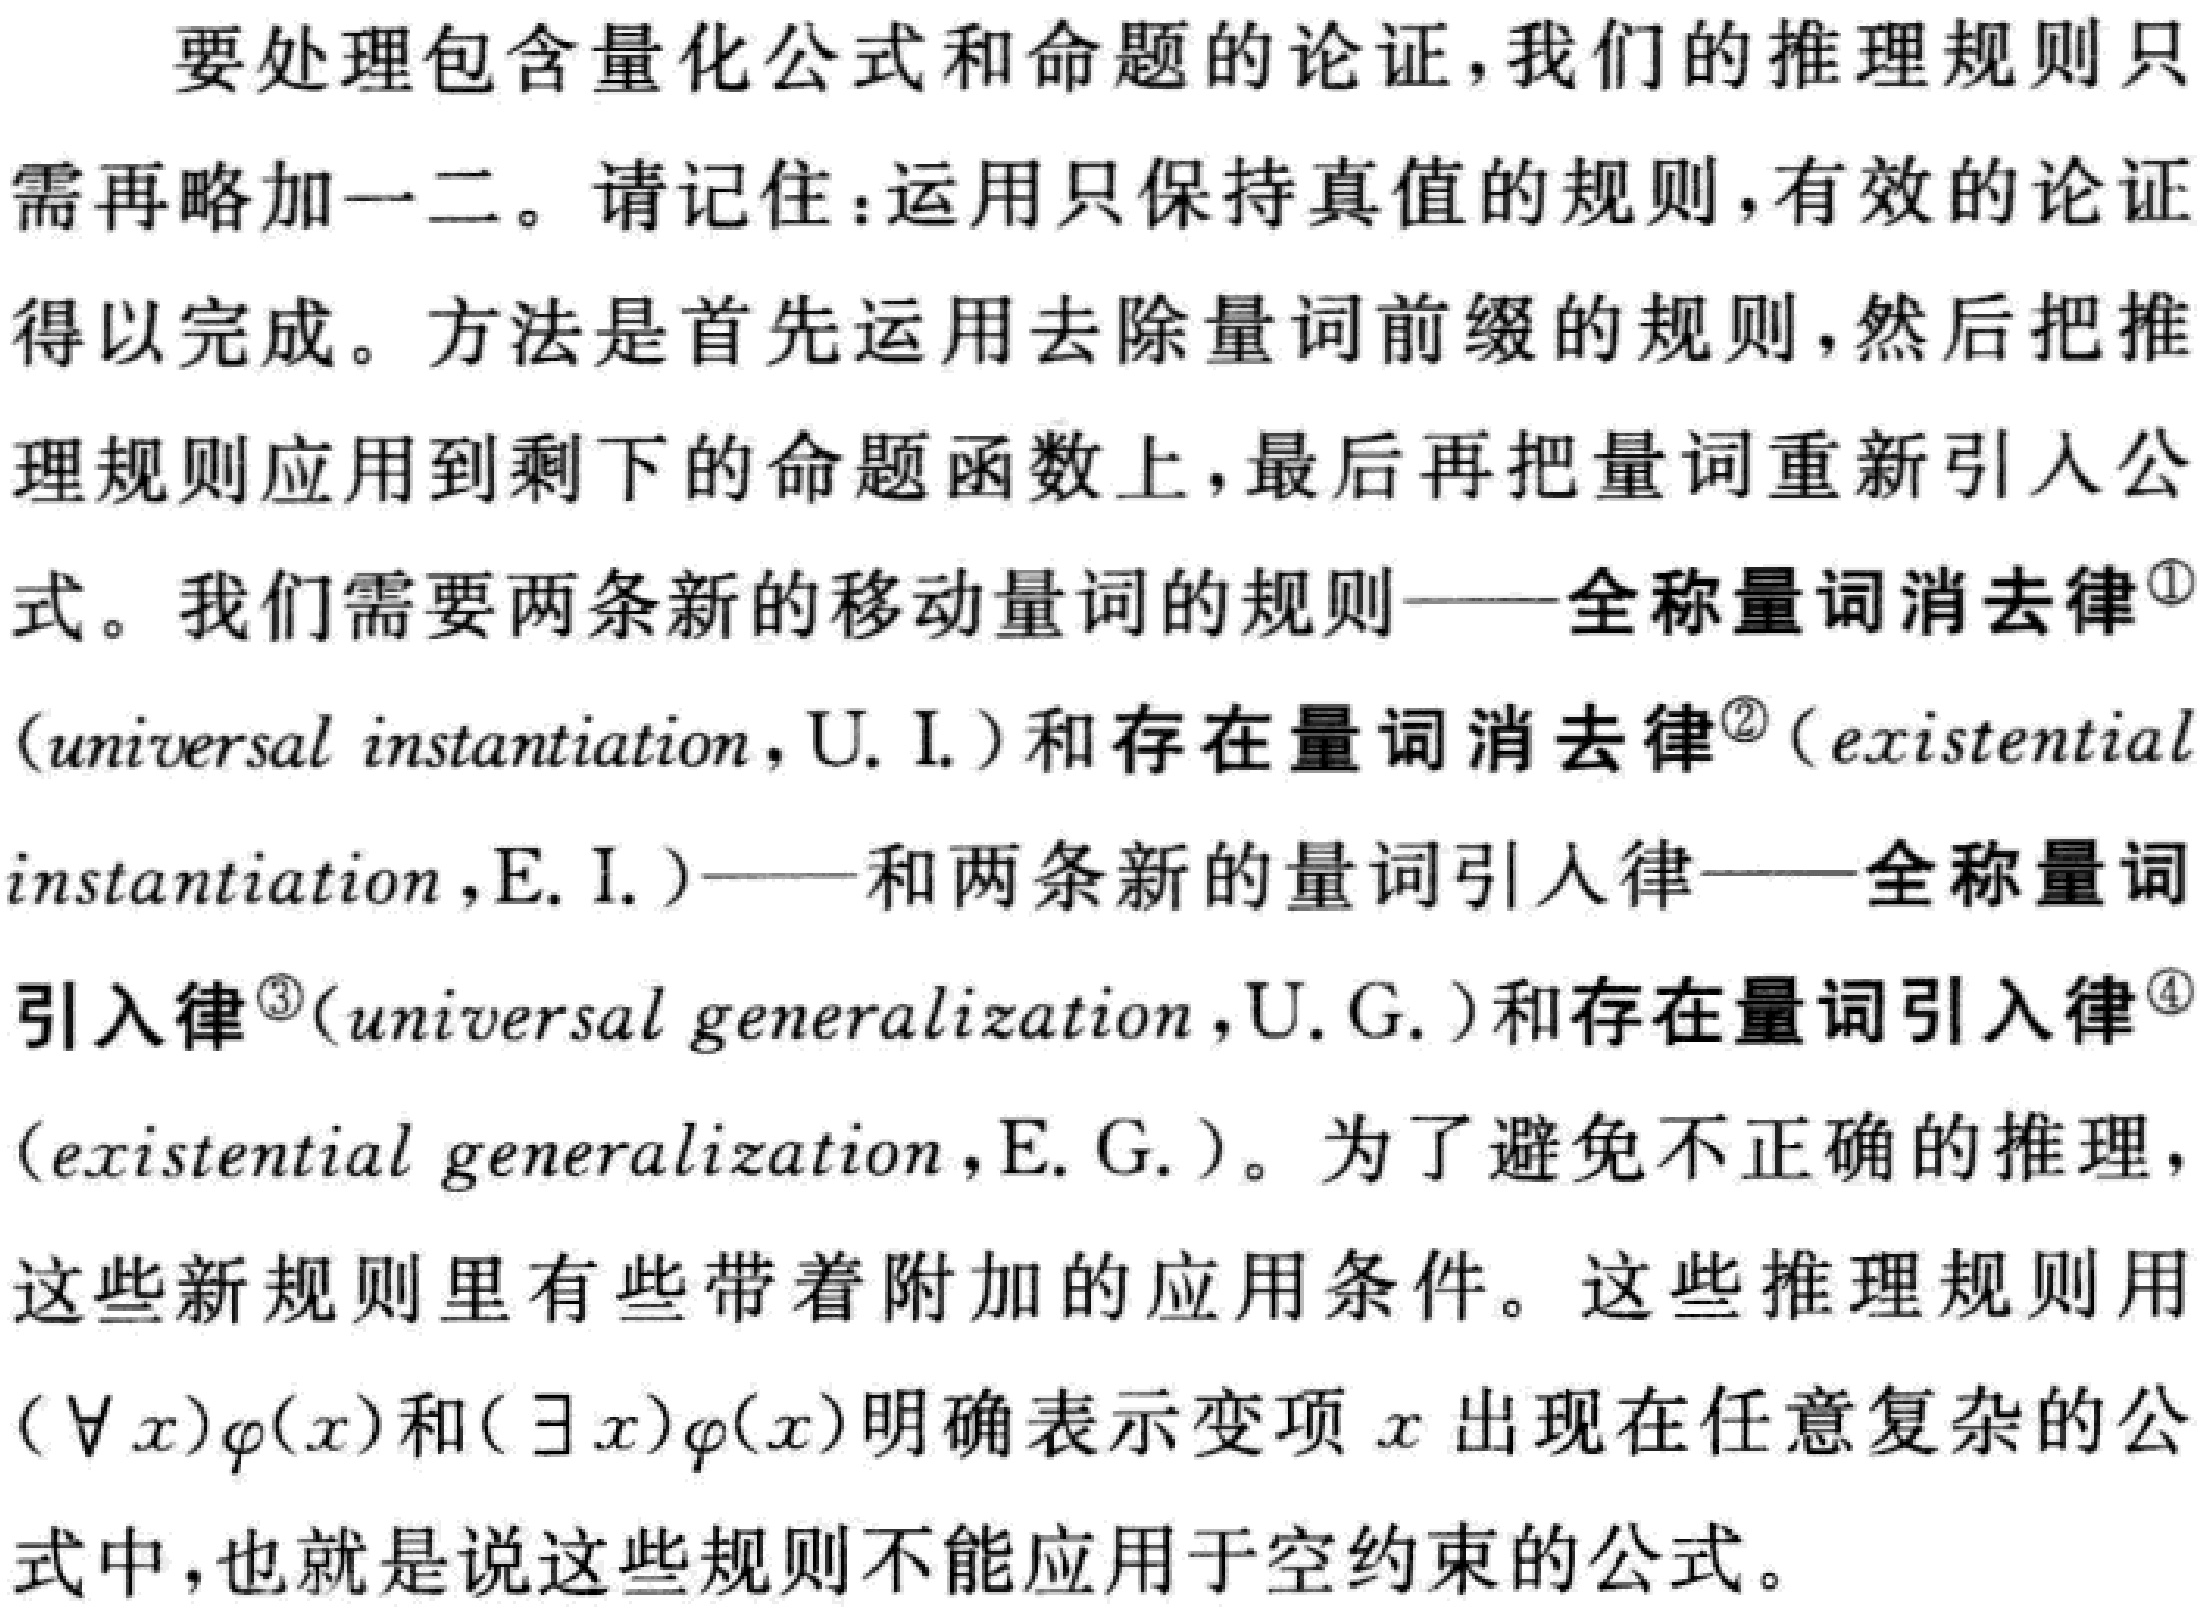
要处理包含量化公式和命题的论证，我们的推理规则只需再略加一二。请记住：运用只保持真值的规则，有效的论证得以完成。方法是首先运用去除量词前缀的规则，然后把推理规则应用到剩下的命题函数上，最后再把量词重新引入公式。我们需要两条新的移动量词的规则——全称量词消去律\textsuperscript{\textcircled{1}}(universal instantiation，U. I.)和存在量词消去律\textsuperscript{\textcircled{2}}(existential instantiation，E. I.)——和两条新的量词引入律——全称量词引入律\textsuperscript{\textcircled{3}}(universal generalization，U. G.)和存在量词引入律\textsuperscript{\textcircled{4}}(existential generalization，E. G.)。为了避免不正确的推理，这些新规则里有些带着附加的应用条件。这些推理规则用$(\forall x)\varphi(x)$和$(\exists x)\varphi(x)$明确表示变项$x$出现在任意复杂的公式中，也就是说这些规则不能应用于空约束的公式。